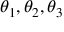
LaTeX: \theta _ { 1 } , \theta _ { 2 } , \theta _ { 3 }